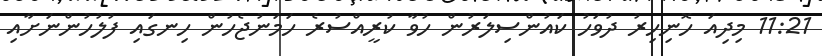
11:21 މިދިއަ ހޮނިހިރު ދުވަހު ކައުންސިލަރުން ހުވާ ކުރީއްސުރެ ހަމަނުޖެހުން ހިނގައި ފުލުހުންނަށާއި